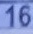
16